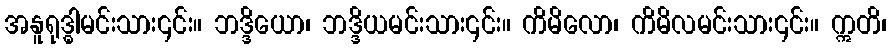
အနူရုဒ္ဓါမင်းသား၎င်း။ ဘဒ္ဒိယော၊ ဘဒ္ဒိယမင်းသား၎င်း။ ကိမိလော၊ ကိမိလမင်းသား၎င်း။ ဣတိ၊